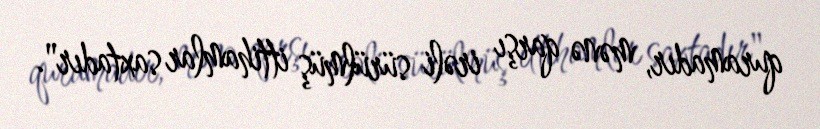
quramadır, mənə qarşı irəli sürülmüş ittihamlar saxtadır".